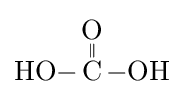
{\ce {HO-{\overset {\displaystyle O \atop \|}{C}}-OH}}